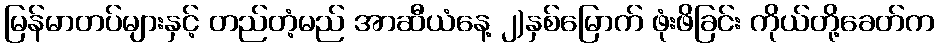
မြန်မာတပ်များနှင့် တည်တံ့မည် အာဆီယံနေ့ ၂)နှစ်မြောက် ဖုံးဖိခြင်း ကိုယ်တို့ခေတ်က